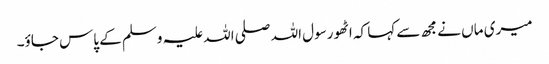
میری ماں نے مجھ سے کہا کہ اٹھو رسول اللہ صلی اللہ علیہ وسلم کے پاس جاؤ۔